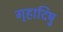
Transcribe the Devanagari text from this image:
गृहादिषु